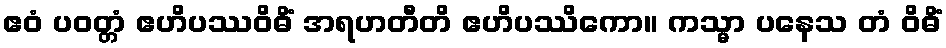
ဧဝံ ပဝတ္တံ ဧဟိပဿဝိဓိံ အရဟတီတိ ဧဟိပဿိကော။ ကသ္မာ ပနေသ တံ ဝိဓိံ